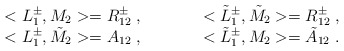
\begin{align*}\begin{array}{ll}<L^{\pm}_1,M_2>=R^{\pm}_{12}\;,\quad & \qquad< \tilde{L}^{\pm}_1, \tilde{M}_2>=R^{\pm}_{12}\;,\\<L^{\pm}_1, \tilde{M}_2>=A_{12}\;, \quad & \qquad<\tilde{L}^{\pm}_1, M_2>= \tilde{A}_{12}\;.\end{array}\end{align*}